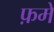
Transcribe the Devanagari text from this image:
फ़में